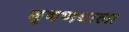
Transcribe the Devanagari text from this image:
वृषणवाला